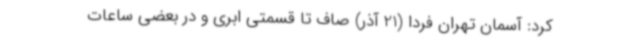
کرد: آسمان تهران فردا (21 آذر) صاف تا قسمتی ابری و در بعضی ساعات